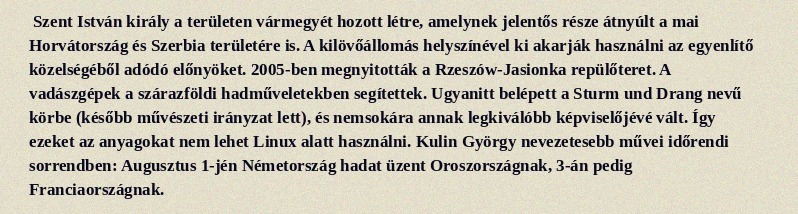
Szent István király a területen vármegyét hozott létre, amelynek jelentős része átnyúlt a mai Horvátország és Szerbia területére is. A kilövőállomás helyszínével ki akarják használni az egyenlítő közelségéből adódó előnyöket. 2005-ben megnyitották a Rzeszów-Jasionka repülőteret. A vadászgépek a szárazföldi hadműveletekben segítettek. Ugyanitt belépett a Sturm und Drang nevű körbe (később művészeti irányzat lett), és nemsokára annak legkiválóbb képviselőjévé vált. Így ezeket az anyagokat nem lehet Linux alatt használni. Kulin György nevezetesebb művei időrendi sorrendben: Augusztus 1-jén Németország hadat üzent Oroszországnak, 3-án pedig Franciaországnak.